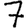
Digit: 7